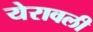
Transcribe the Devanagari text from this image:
येरावली